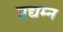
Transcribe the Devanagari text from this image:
प्रद्यम्न